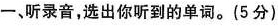
一，听录音，选出你听到的单词。(5分)